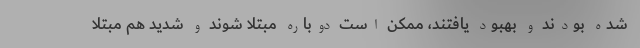
شده بودند و بهبود یافتند، ممکن است دوباره مبتلا شوند و شدید هم مبتلا